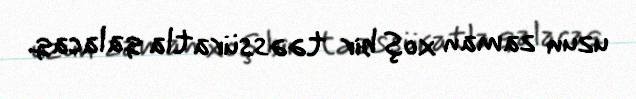
uzun zaman xoş bir təəssüratla qalacaq.